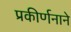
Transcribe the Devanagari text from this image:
प्रकीर्णनाने